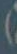
)